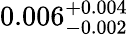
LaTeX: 0.006_{-0.002}^{+0.004}